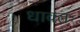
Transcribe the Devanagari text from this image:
धावतः